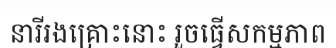
នារីរងគ្រោះនោះ រួចធ្វើសកម្មភាព